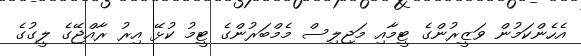
އެހެންކަމުން ވަޒީރުންގެ ޓީމާއި މަޖިލިސް މެމްބަރުންގެ ޓީމު ކުޅޭ އިރު ރާއްޖޭގެ ލީގުގެ